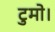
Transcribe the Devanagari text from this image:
टुमो।